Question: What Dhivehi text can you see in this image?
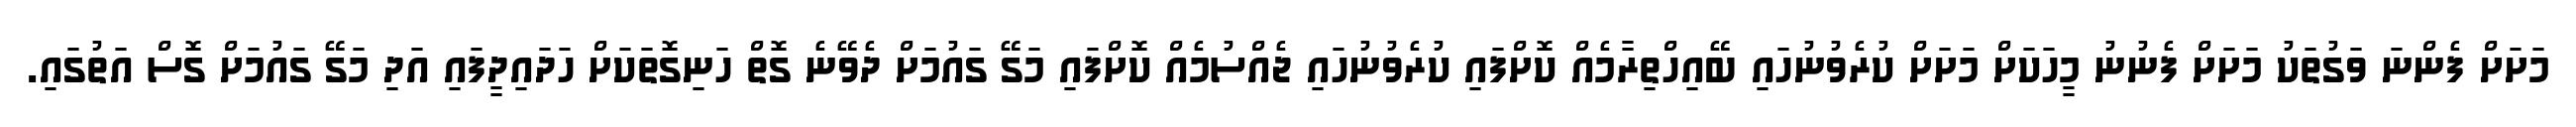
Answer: މަށަށް ފެންނަ ވަގުތަކު މަށަށް ފެނުނު މީހަކަށް މަށަށް ކުރެވުނުހައި ބޭއިހްތިރާމެއް ކޮށްފައި ކުރެވުނުހައި ޖެއްސުމެއް ކޮށްފައި މަގޭ ގައުމަށް ދެވޭނެ ގޮތް ހަނިގޮތަކަށް ހަދައިދީފައި އަދި މަގޭ ގައުމަށް ގޮސް އަތުގައި.